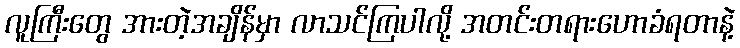
လူကြီးတွေ အားတဲ့အချိန်မှာ လာသင်ကြပါလို့ အတင်းတရားဟောခံရတာနဲ့